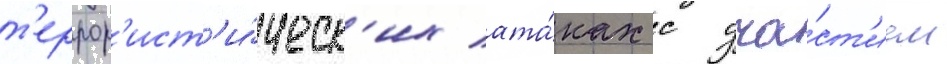
т'еррор'ист'и́ческ'их ата́ках с уча́ст'ием